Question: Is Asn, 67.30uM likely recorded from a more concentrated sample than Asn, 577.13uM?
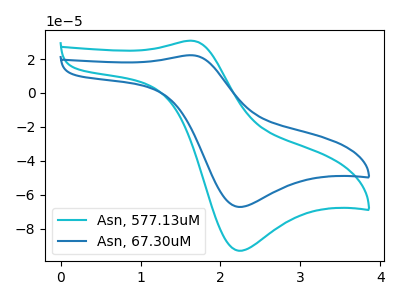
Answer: <think>The cyan curve "Asn, 577.13uM" has an anodic peak at (1.65V, 30.80uA) and a cathodic peak at (2.20V, -92.90uA). The blue curve "Asn, 67.30uM" has an anodic peak at (1.65V, 22.25uA) and a cathodic peak at (2.20V, -67.10uA).
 All the peaks in "Asn, 67.30uM" have a peak in "Asn, 577.13uM" at the same potential. Every peak in "Asn, 67.30uM" is lower than every peak in "Asn, 577.13uM".</think>
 <answer>"Asn, 67.30uM" has less signal than "Asn, 577.13uM".</answer>
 <eval>less_signal</eval>